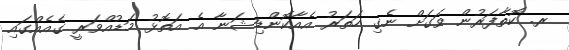
ރ. ކޮތާފަރުން ވަގަށް ނެގި ހަތަރު އެއާކޮންޑިޝަނާ އެ އަތޮޅު މަޑުއްވަރީ ގެއެއްގައި